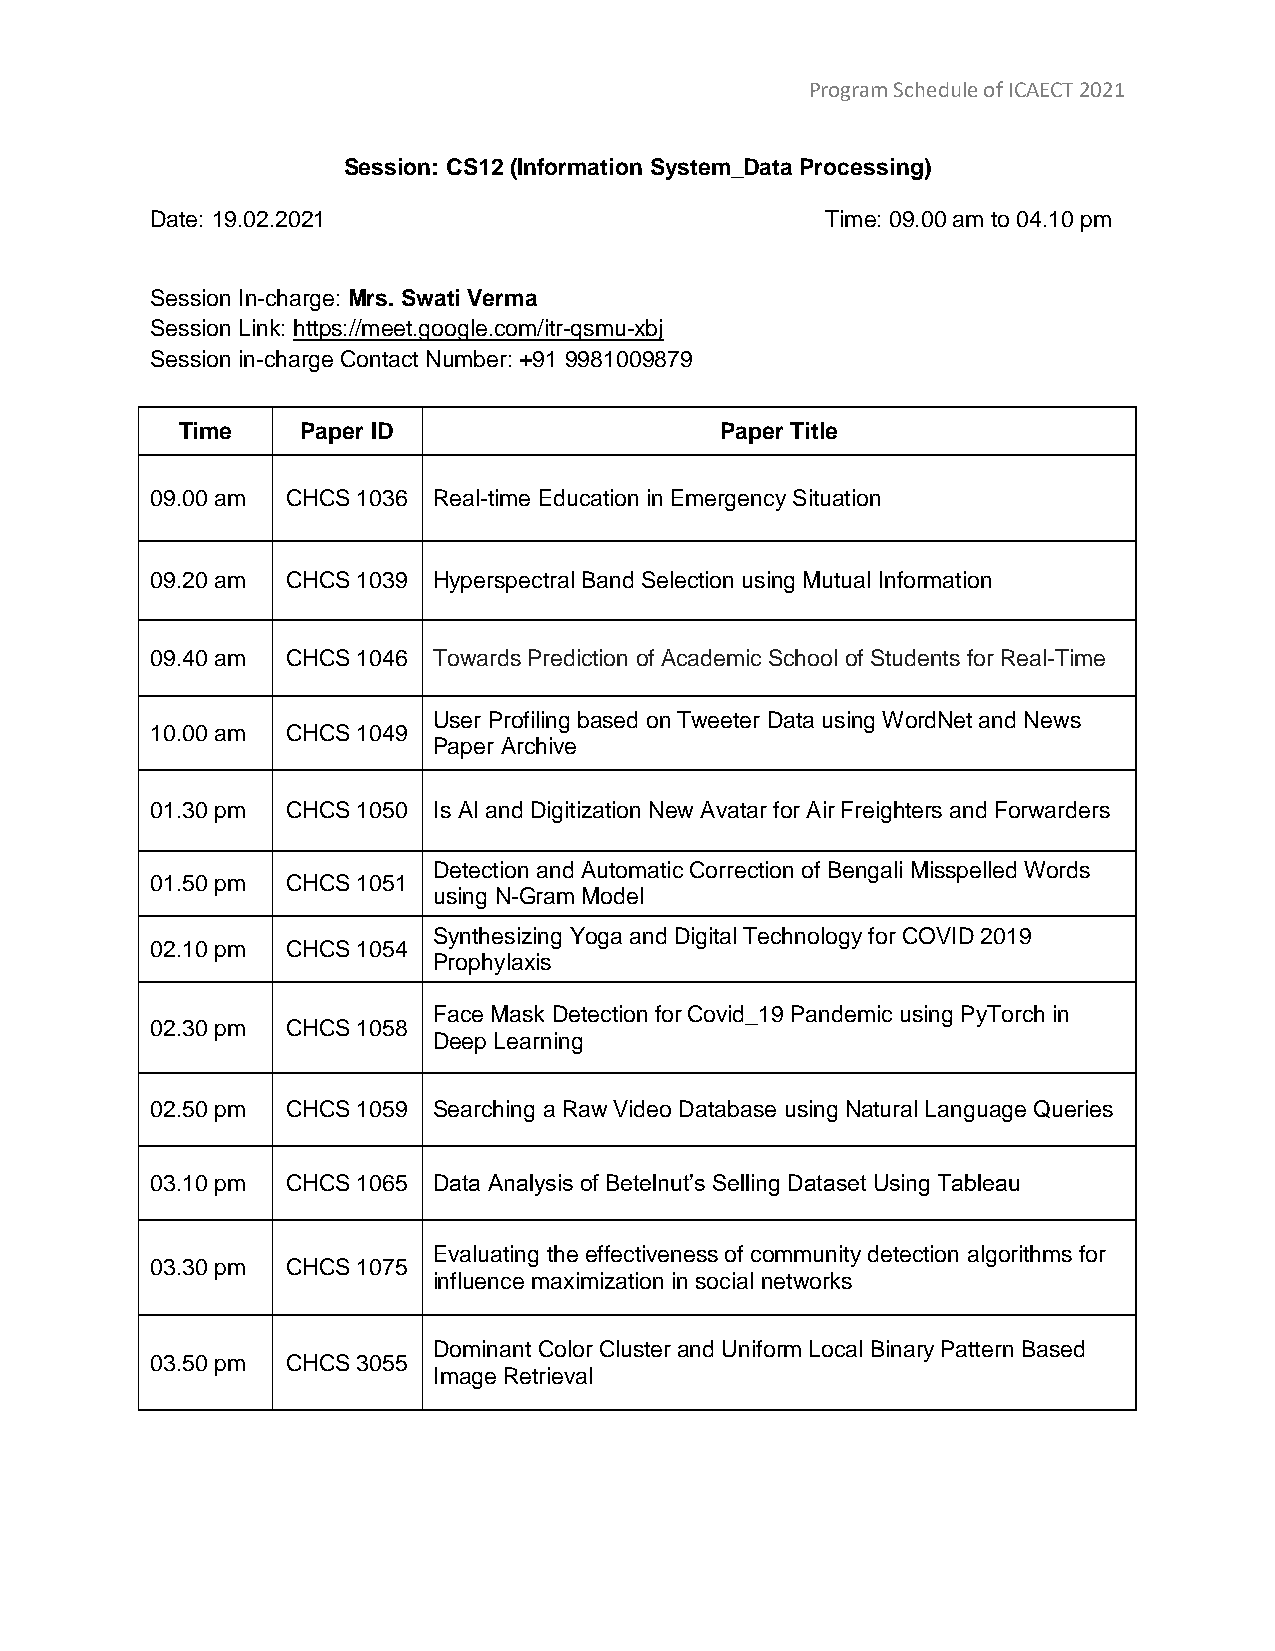
Program Schedule of ICAECT 2021
 Session: CS12 (Information System_Data Processing)
 Date: 19.02.2021                             Time: 09.00 am to 04.10 pm
 Session In-charge: Mrs. Swati Verma
 Session Link: https://meet.google.com/itr-qsmu-xbj
 Session in-charge Contact Number: +91 9981009879
 Time    Paper ID                    Paper Title
 09.00 am CHCS 1036 Real-time Education in Emergency Situation
 09.20 am CHCS 1039 Hyperspectral Band Selection using Mutual Information
 09.40 am CHCS 1046 Towards Prediction of Academic School of Students for Real-Time
 User Profiling based on Tweeter Data using WordNet and News
 10.00 am CHCS 1049
 Paper Archive
 01.30 pm CHCS 1050 Is AI and Digitization New Avatar for Air Freighters and Forwarders
 Detection and Automatic Correction of Bengali Misspelled Words
 01.50 pm CHCS 1051
 using N-Gram Model
 Synthesizing Yoga and Digital Technology for COVID 2019
 02.10 pm CHCS 1054
 Prophylaxis
 Face Mask Detection for Covid_19 Pandemic using PyTorch in
 02.30 pm CHCS 1058
 Deep Learning
 02.50 pm CHCS 1059 Searching a Raw Video Database using Natural Language Queries
 03.10 pm CHCS 1065 Data Analysis of Betelnut’s Selling Dataset Using Tableau
 Evaluating the effectiveness of community detection algorithms for
 03.30 pm CHCS 1075
 influence maximization in social networks
 Dominant Color Cluster and Uniform Local Binary Pattern Based
 03.50 pm CHCS 3055
 Image Retrieval